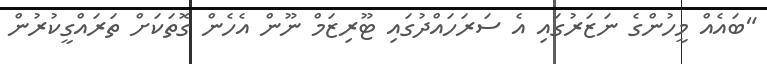
"ބައެއް މީހުންގެ ނަޒަރުގައި އެ ސަރަހައްދުގައި ޓޫރިޒަމް ނޫން އެހެން ގޮތަކަށް ތަރައްގީކުރުން